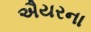
ઐયરના